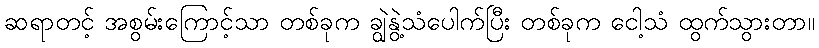
ဆရာတင့် အစွမ်းကြောင့်သာ တစ်ခုက ချွဲနွဲ့သံပေါက်ပြီး တစ်ခုက ငေါ့သံ ထွက်သွားတာ။